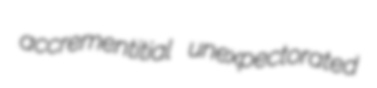
accrementitial unexpectorated